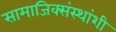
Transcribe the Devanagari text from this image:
सामाजिक्संस्थांशी